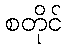
စတိုင်